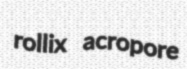
rollix acropore